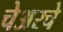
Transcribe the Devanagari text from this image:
चेअरचे